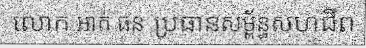
លោក អាត់ ធន ប្រធានសម្ព័ន្ធសហជីព